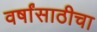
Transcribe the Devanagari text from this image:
वर्षांसाठीचा